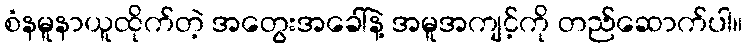
စံနမူနာယူထိုက်တဲ့ အတွေးအခေါ်နဲ့ အမူအကျင့်ကို တည်ဆောက်ပါ။